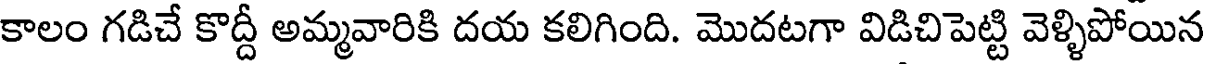
కాలం గడిచే కొద్దీ అమ్మవారికి దయ కలిగింది. మొదటగా విడిచిపెట్టి వెళ్ళిపోయిన